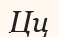
Цц